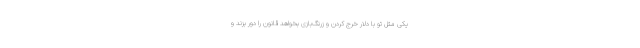
یکی مثل تو با دلار خرج کردن و زرنگ‌بازی بخواهد قانون را دور بزند و